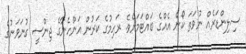
ސިލިންޑަރެއް ނުވަތަ ކޯން އެއްގެ ބައްޓަމަށެވެ. ރަހިމުގެ ކަރުން އަންހެނާގެ ޖިންސީ ގުނަވަނުގެ